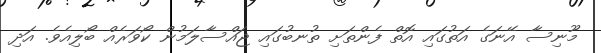
މޫނިސާ އޭނަގެ އަތުގައި އޮތް ފެންތަށި ތުނބުގައި ޖައްސާލަމުން ކޯވަރެއް ބޯލިއެވެ. އަދި